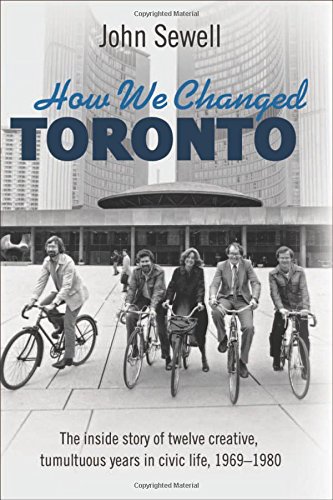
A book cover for How We Changed Toronto: The inside story of twelve creative, tumultuous years in civic life, 1969-1980; John Sewell; Biographies & Memoirs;